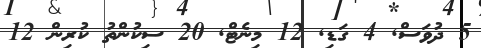
5 ދުވަސް